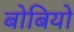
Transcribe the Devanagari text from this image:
बोबियो